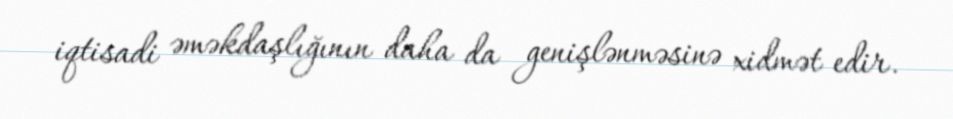
iqtisadi əməkdaşlığının daha da genişlənməsinə xidmət edir.